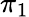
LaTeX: \pi_{1}